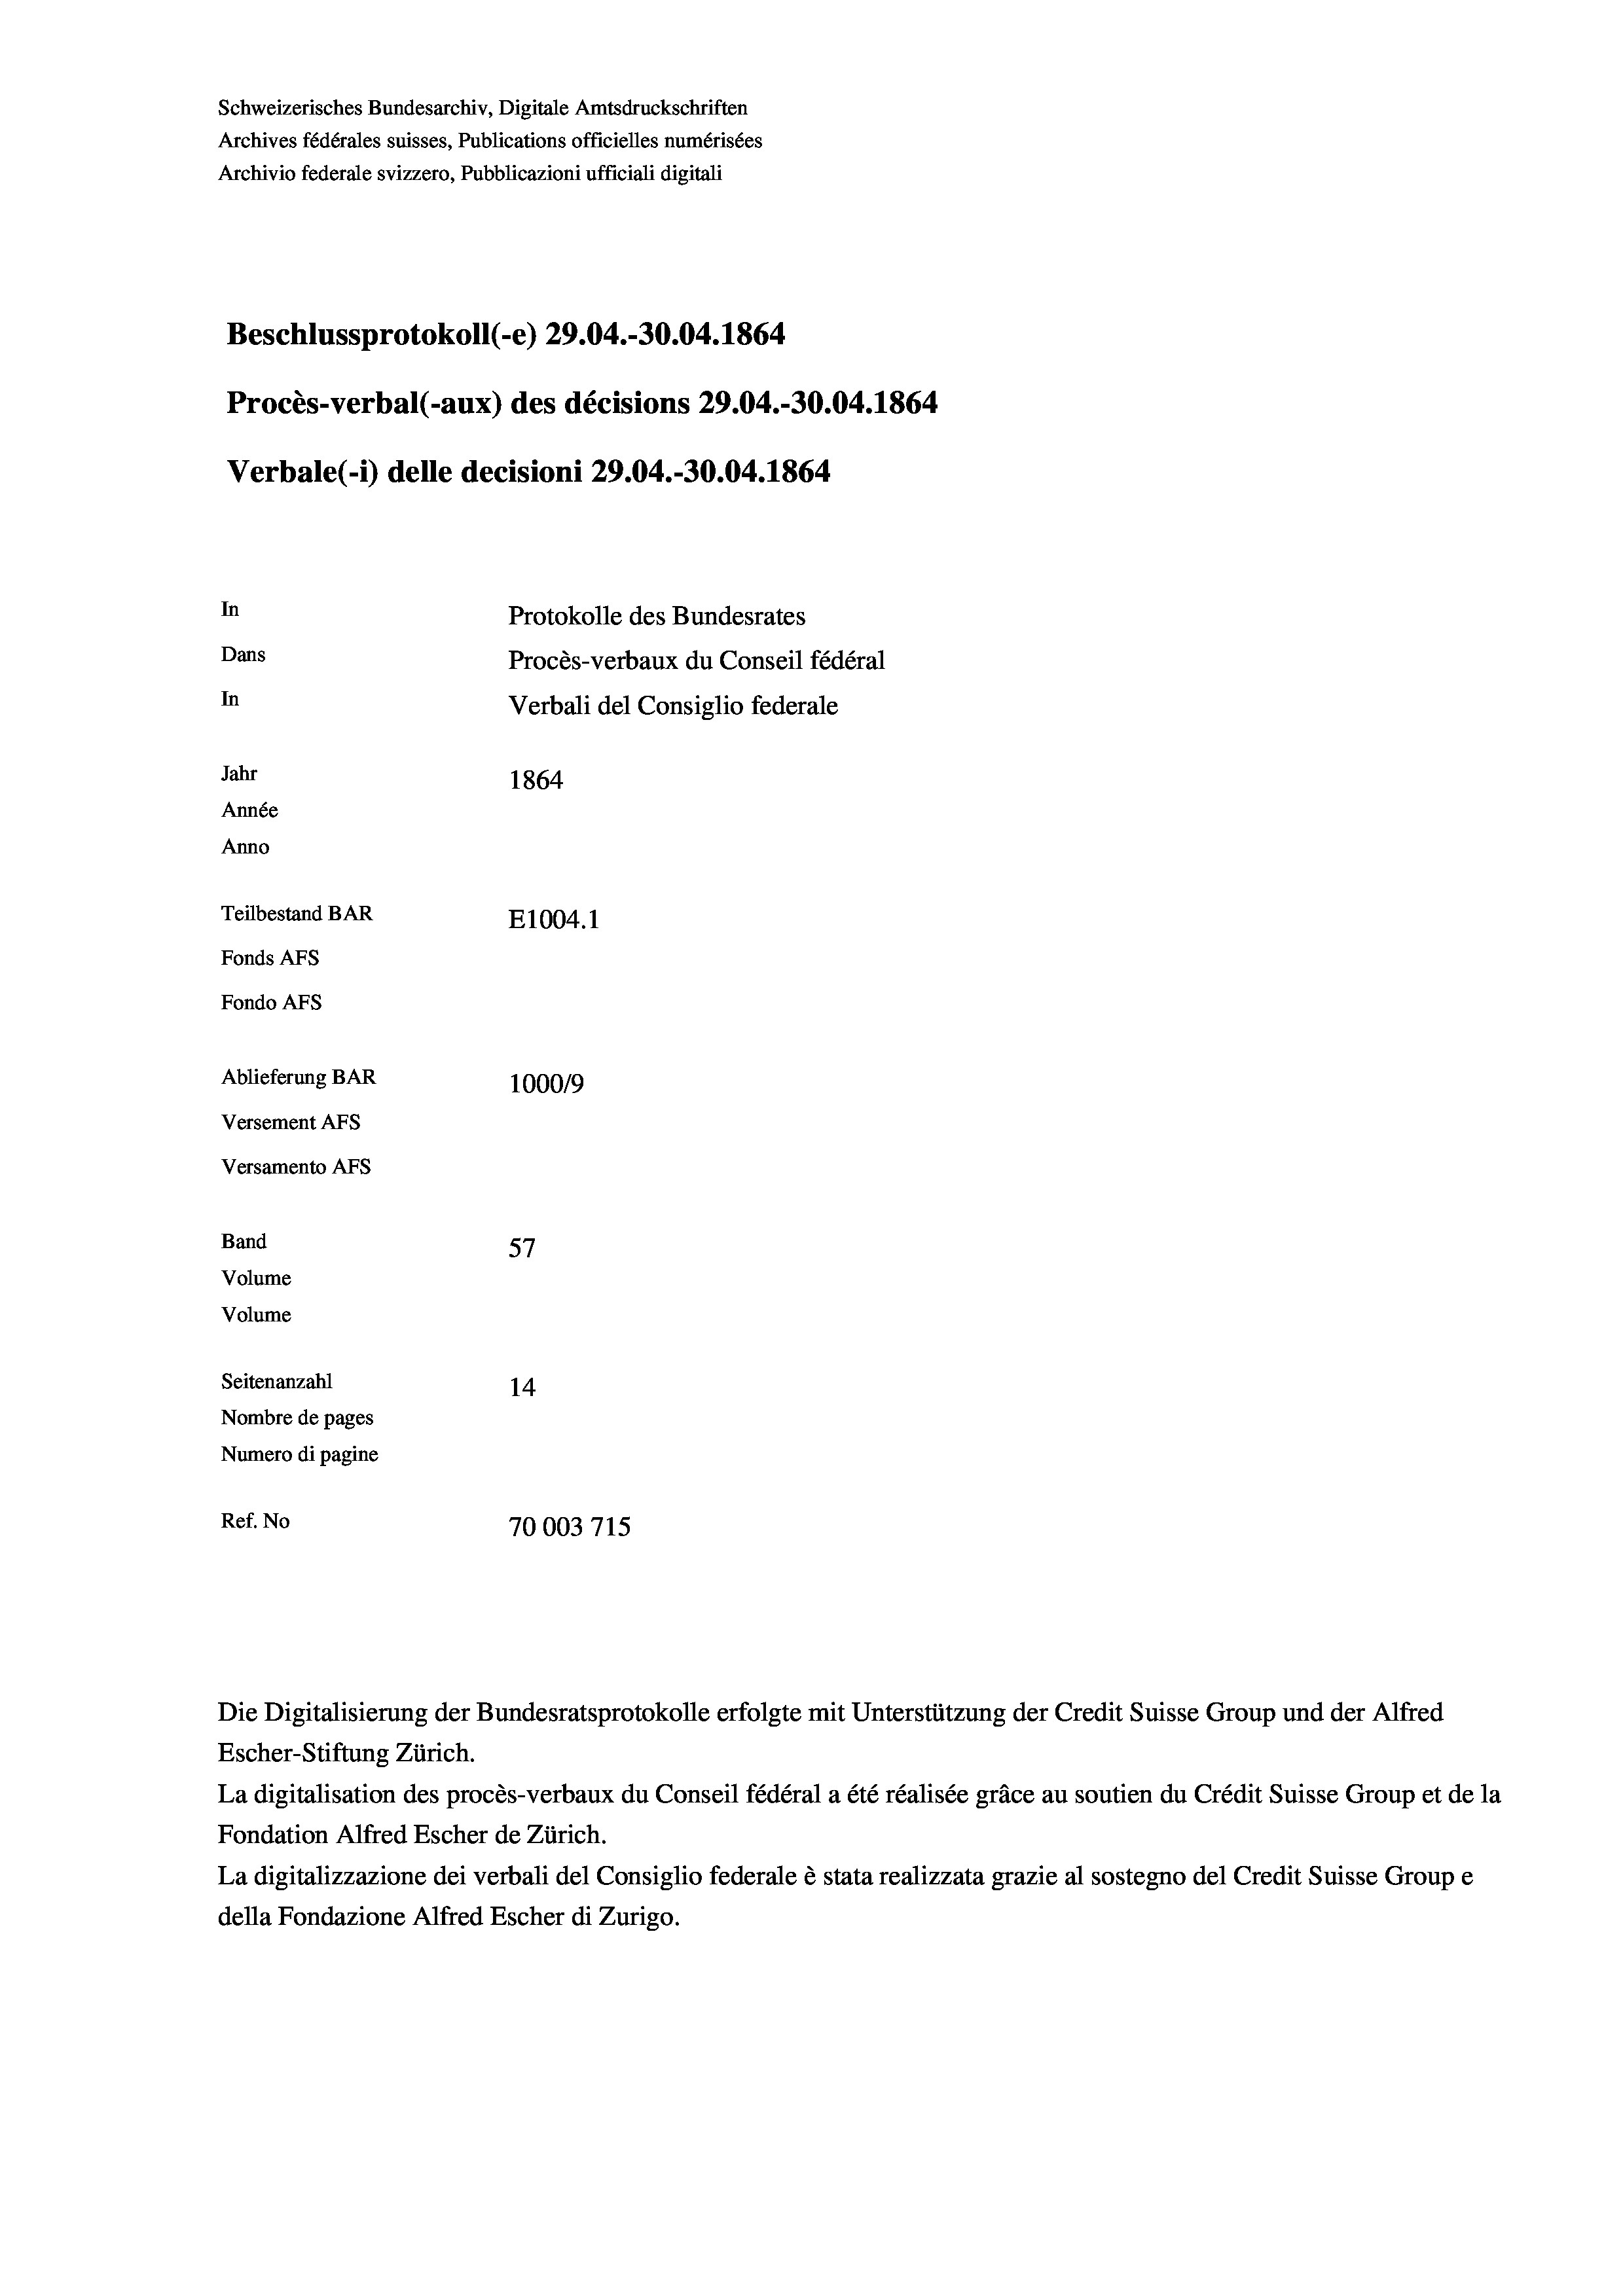
Schweizerisches Bundesarchiv, Digitale Amtsdruckschriften
Archives fédérales suisses, Publications officielles numérisées
Archivio federale svizzero, Pubblicazioni ufficiali digitali
Beschlussprotokoll (-e) 29.04.-30.04. 1864
Procès-verbal (-aux) des décisions 29.04.-30.04. 1864
Verbale (i) delle decisioni 29.04.-30.04. 1864
In
Protokolle des Bundesrates
Dans
Procès-verbaux du Conseil fédéral
In
Verbali del Consiglio federale
Jahr
1864
Année
Anno
Teilbestand BAR
E1004. 1
Fonds AFs
Fondo AFs
Ablieferung BAR
100019
Versement AFs
Versamento Afs
Band

57
14
Nombre de pages
Numero di pagine
Ref. No
70003715

Volume
Volume
Seitenanzahl

Escher-Stiftung Zürich.
La digitalisation des procès-verbaux du Conseil fédéral a été réalisée gräce au soutien du Crédit Suisse Group et de la
Fondation Alfred Escher de Zürich.
La digitalizzazione dei verbali del Consiglio federale è stata realizzata grazie al sostegno del Credit Suisse Groupe
della Fondazione Alfred Escher di Zurigo.

Die Digitalisierung der Bundesratsprotokolle erfolgte mit Unterstützung der Credit Suisse Group und der Alfred